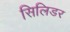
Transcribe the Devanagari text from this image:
सिलिडर